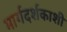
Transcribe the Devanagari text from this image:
मार्गदर्शकाशी